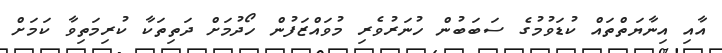
އާއި އިނާޔަތްތައް ކުޑަވުމުގެ ސަބަބުން ހުނަރުވެރި މުވައްޒަފުން ހޯދުމަށް ދަތިތަކާ ކުރިމަތިވާ ކަމަށް